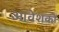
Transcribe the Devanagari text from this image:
आवेशकों